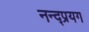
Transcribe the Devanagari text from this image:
नन्द्प्रयग